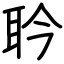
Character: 耹